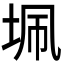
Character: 𭎖